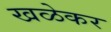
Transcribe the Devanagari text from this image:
खळेकर